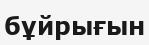
бұйрығын